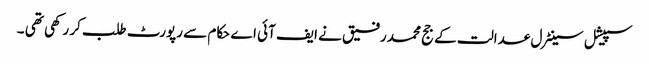
سپیشل سینٹرل عدالت کے جج محمد رفیق نے ایف آئی اے حکام سے رپورٹ طلب کر رکھی تھی ۔